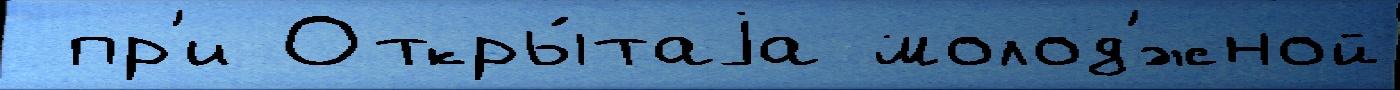
 пр'и Откры́таjа молод'́жной